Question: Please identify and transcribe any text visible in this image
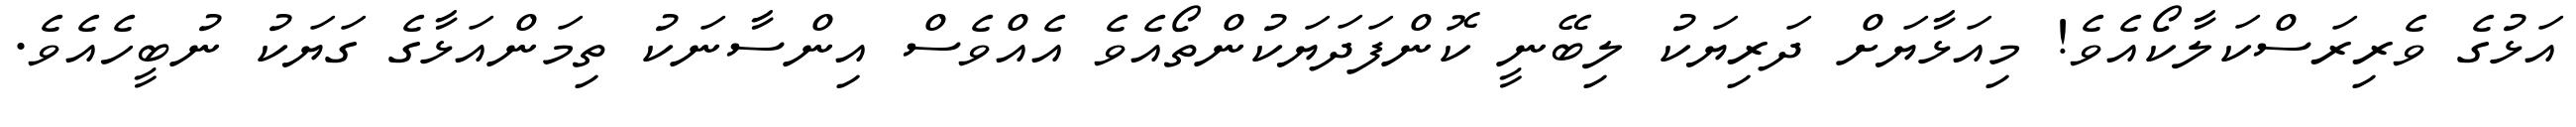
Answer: އަޅުގެ ވެރިރަސްކަލާކޯއެވެ! މިއަޅާޔަށް ދަރިޔަކު ލިބޭނީ ކޮންފަދަޔަކުންތޯއެވެ އެއްވެސް އިންސާނަކު ތިމަންއަޅާގެ ގަޔަކު ނުބީހެއެވެ.